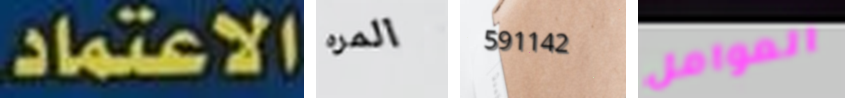
الاعتماد. المره 591142 العوامل